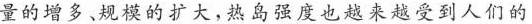
量的增多、规模的扩大，热岛强度也越来越受到人们的